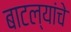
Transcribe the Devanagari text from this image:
बाटल्यांचे